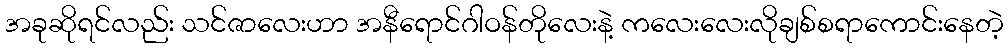
အခုဆိုရင်လည်း သင်ဇာလေးဟာ အနီရောင်ဂါဝန်တိုလေးနဲ့ ကလေးလေးလိုချစ်စရာကောင်းနေတဲ့